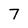
Character: 7